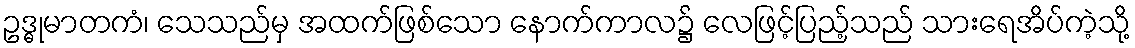
ဥဒ္ဓုမာတကံ၊ သေသည်မှ အထက်ဖြစ်သော နောက်ကာလ၌ လေဖြင့်ပြည့်သည် သားရေအိပ်ကဲ့သို့